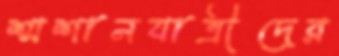
শ্মশানযাত্রীদের